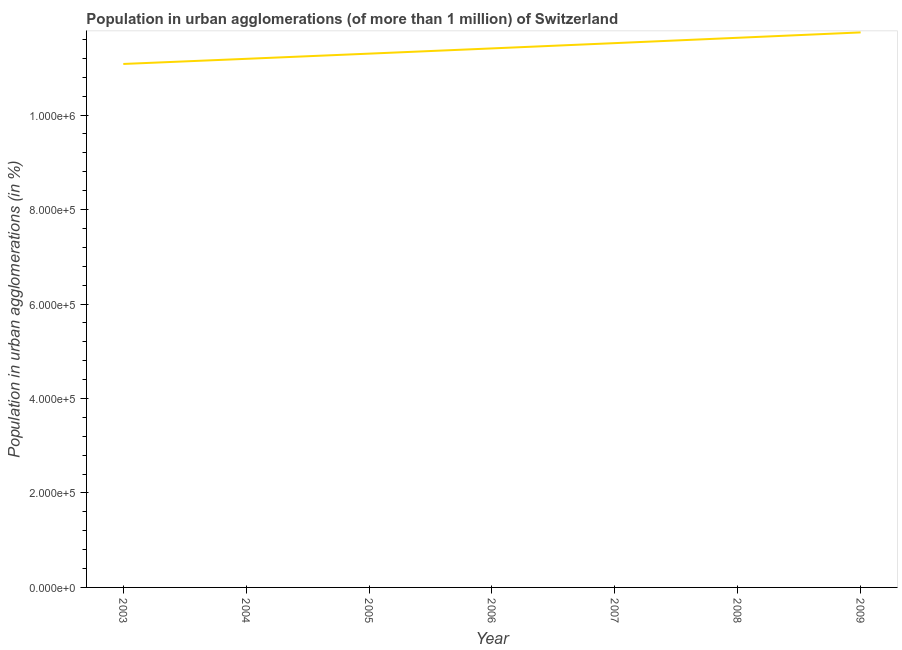
| Year | Population in urban agglomerations |
 | --- | --- |
 | 2003 | 1.11e+06 |
 | 2004 | 1.12e+06 |
 | 2005 | 1.13e+06 |
 | 2006 | 1.14e+06 |
 | 2007 | 1.15e+06 |
 | 2008 | 1.16e+06 |
 | 2009 | 1.17e+06 |